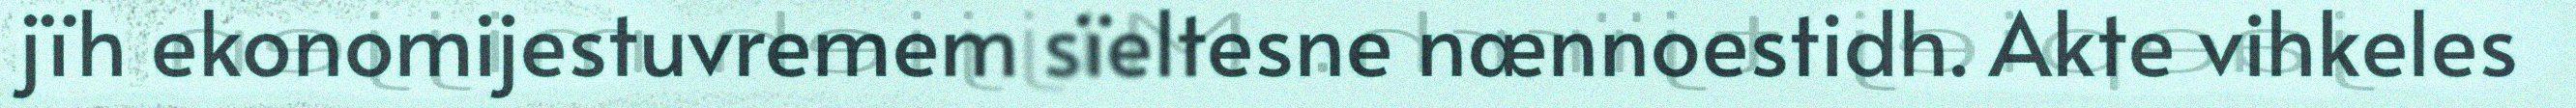
jïh ekonomijestuvremem sïeltesne nænnoestidh. Akte vihkeles